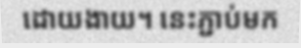
ដោយងាយ។ នេះភ្ជាប់មក